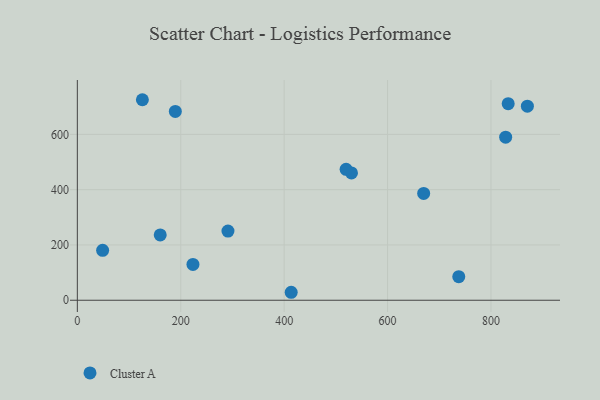
{"axis": {"x": "Distance", "y": "Rating"}, "legend": ["Cluster A"], "data": [{"x": "125.8", "y": 725.3, "type": "Cluster A"}, {"x": "833.3", "y": 710.9, "type": "Cluster A"}, {"x": "48.9", "y": 180.7, "type": "Cluster A"}, {"x": "737.7", "y": 85.1, "type": "Cluster A"}, {"x": "530.2", "y": 460.5, "type": "Cluster A"}, {"x": "413.6", "y": 28.8, "type": "Cluster A"}, {"x": "291.3", "y": 250.2, "type": "Cluster A"}, {"x": "189.5", "y": 682.8, "type": "Cluster A"}, {"x": "870.4", "y": 702.1, "type": "Cluster A"}, {"x": "223.6", "y": 129.7, "type": "Cluster A"}, {"x": "828.4", "y": 589.8, "type": "Cluster A"}, {"x": "519.8", "y": 473.5, "type": "Cluster A"}, {"x": "160.3", "y": 236.4, "type": "Cluster A"}, {"x": "669.8", "y": 386.2, "type": "Cluster A"}]}